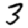
Digit: 3